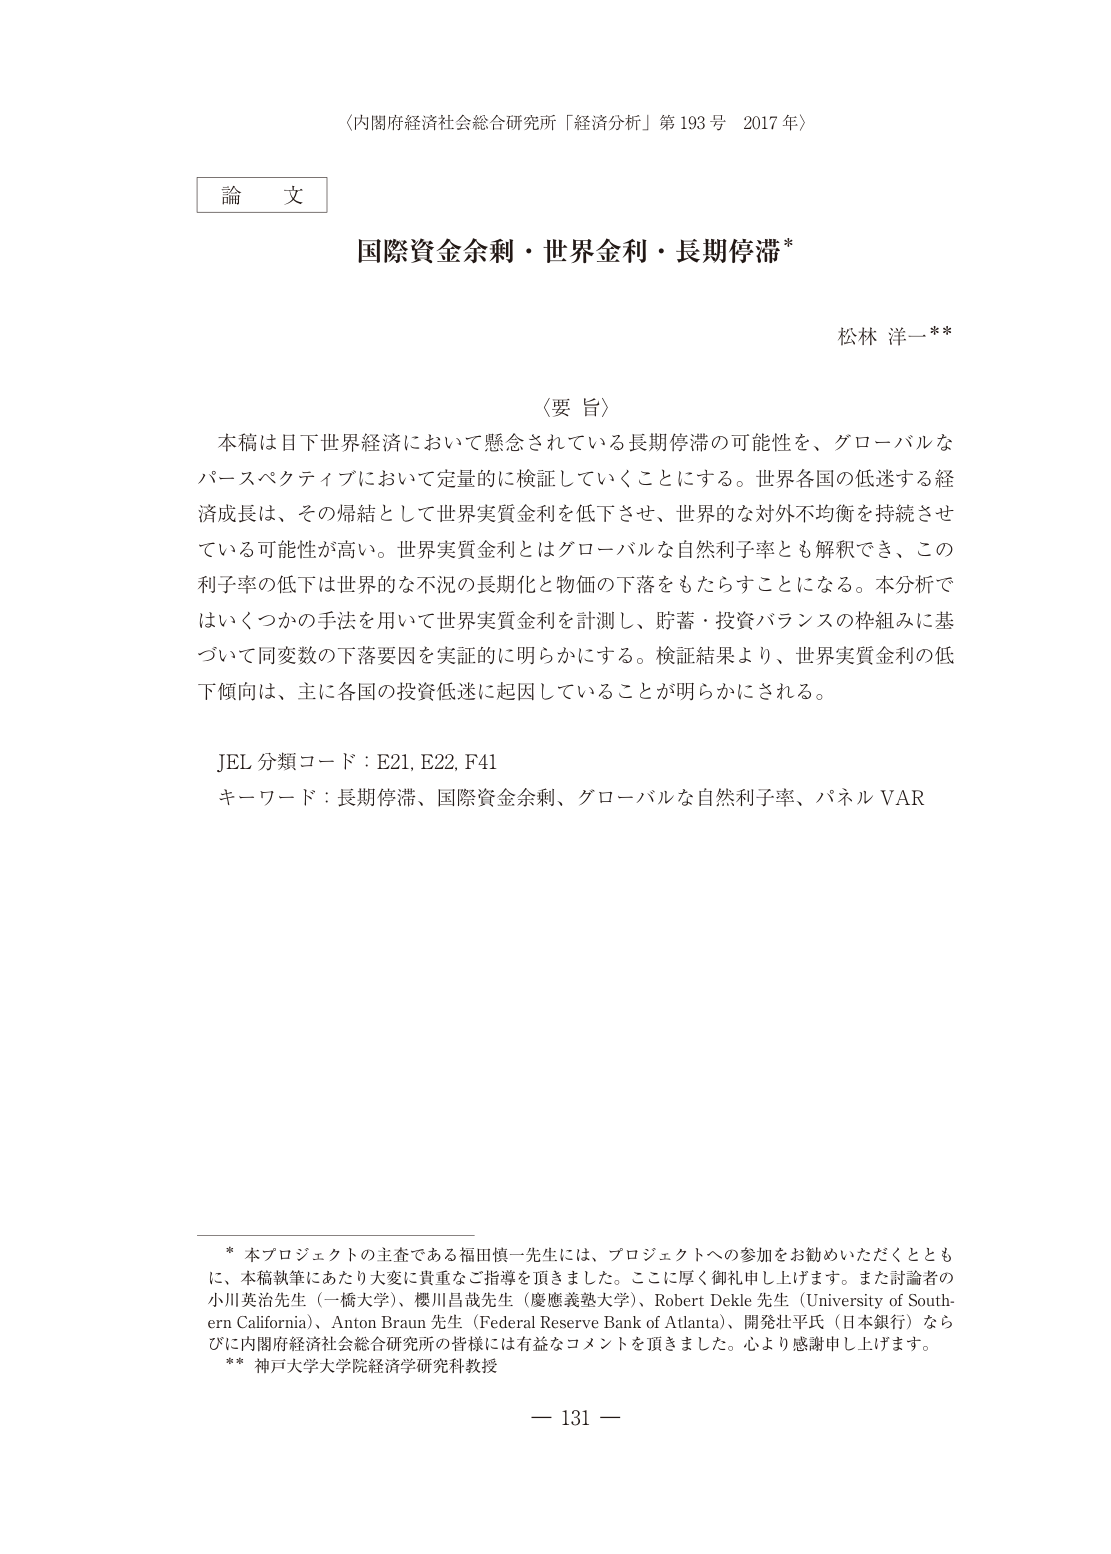
〈内閣府経済社会総合研究所「経済分析」第193号 2017年〉

論文

国際資金余剰・世界金利・長期停滞*

松林 洋一**

〈要旨〉

本稿は目下世界経済において懸念されている長期停滞の可能性を、グローバルなパースペクティブにおいて定量的に検証していくこととする。世界各国の低迷する経済成長は、その帰結として世界実質金利を低下させ、世界的な対外不均衡を持续させている可能性が高い。世界実質金利とはグローバルな自然利子率とも解釈でき、この利子率の低下は世界的な不況の長期化と物価の下落をもたらすことになる。本分析ではいくつかの手法を用いて世界実質金利を計測し、貯蓄・投資バランスの枠組みに基づいて同変数の下落要因を実証的に明らかにする。検証結果より、世界実質金利の低下傾向は、主に各国の投資低迷に起因していることが明らかにされる。

JEL 分類コード：E21, E22, F41
キーワード：長期停滞、国際資金余剰、グローバルな自然利子率、パネル VAR

* 本プロジェクトの主査である福田慎一先生には、プロジェクトへの参加をお勧めいただくとともに、本稿執筆にあたり大変に貴重なご指導を頂きました。ここに厚く御礼申し上げます。また討論者の小川英治先生（一橋大学）、櫻川昌哉先生（慶應義塾大学）、Robert Dekle 先生（University of Southern California）、Anton Braun 先生（Federal Reserve Bank of Atlanta）、開発壮平氏（日本銀行）ならびに内閣府経済社会総合研究所の皆様には有益なコメントを頂きました。心より感謝申し上げます。
** 神戸大学大学院経済学研究科教授

— 131 —